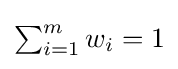
{\textstyle \sum _{i=1}^{m}w_{i}=1}